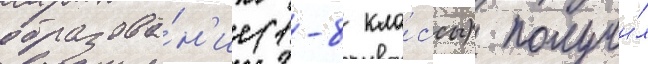
образова́н'ие (1-8 кла́ссы) получи́л